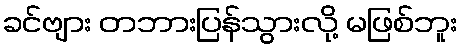
ခင်ဗျား တဘားပြန်သွားလို့ မဖြစ်ဘူး